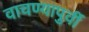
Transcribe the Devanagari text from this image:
वाचण्यापुर्वी